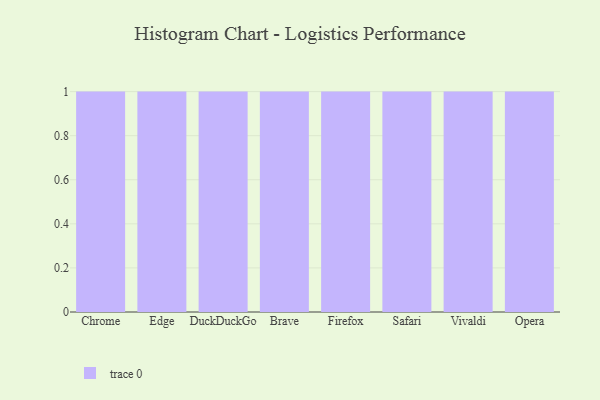
{"axis": {"x": "Browser", "y": "Energy Usage (MWh)"}, "legend": [""], "data": [{"x": "Chrome", "y": 92, "type": ""}, {"x": "Edge", "y": 44, "type": ""}, {"x": "DuckDuckGo", "y": 6, "type": ""}, {"x": "Brave", "y": 61, "type": ""}, {"x": "Firefox", "y": 69, "type": ""}, {"x": "Safari", "y": 39, "type": ""}, {"x": "Vivaldi", "y": 98, "type": ""}, {"x": "Opera", "y": 65, "type": ""}]}